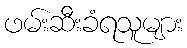
ဖမ်းဆီးခံရသူများ